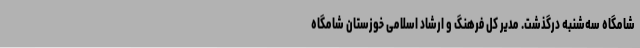
شامگاه سه‌شنبه درگذشت. مدیر کل فرهنگ‌ و ارشاد اسلامی خوزستان شامگاه